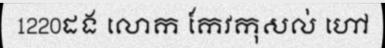
1220ដង លោក កែវកុសល់ ហៅ